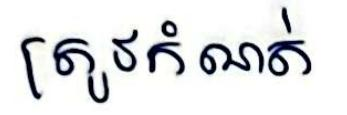
ត្រូវកំណត់